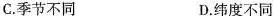
C.季节不同 D.纬度不同